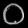
Digit: ၀